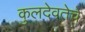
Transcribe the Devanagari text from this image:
कुलदेवतेचे